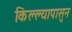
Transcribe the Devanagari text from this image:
किल्ल्यापासुन